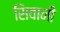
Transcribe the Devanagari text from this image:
सिवानी